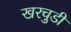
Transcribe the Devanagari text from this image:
खरचुडी